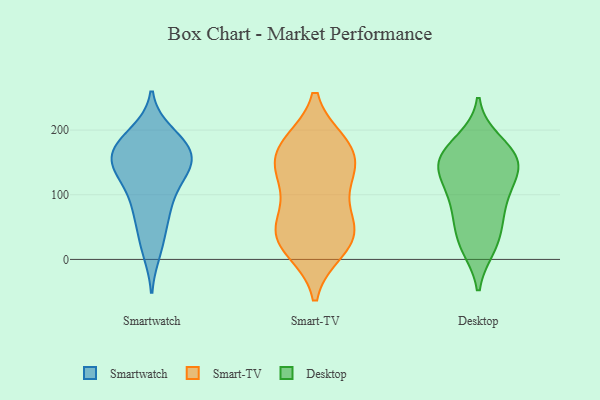
{"axis": {"x": "Market Share (%)", "y": "Value"}, "legend": ["Desktop", "Smart-TV", "Smartwatch"], "data": [{"x": "", "y": 177, "type": "Smartwatch"}, {"x": "", "y": 158, "type": "Smartwatch"}, {"x": "", "y": 194, "type": "Smartwatch"}, {"x": "", "y": 75, "type": "Smartwatch"}, {"x": "", "y": 147, "type": "Smartwatch"}, {"x": "", "y": 146, "type": "Smartwatch"}, {"x": "", "y": 14, "type": "Smartwatch"}, {"x": "", "y": 124, "type": "Smartwatch"}, {"x": "", "y": 121, "type": "Smartwatch"}, {"x": "", "y": 173, "type": "Smartwatch"}, {"x": "", "y": 141, "type": "Smartwatch"}, {"x": "", "y": 180, "type": "Smartwatch"}, {"x": "", "y": 82, "type": "Smartwatch"}, {"x": "", "y": 71, "type": "Smartwatch"}, {"x": "", "y": 28, "type": "Smartwatch"}, {"x": "", "y": 180, "type": "Smartwatch"}, {"x": "", "y": 147, "type": "Smartwatch"}, {"x": "", "y": 166, "type": "Smart-TV"}, {"x": "", "y": 167, "type": "Smart-TV"}, {"x": "", "y": 176, "type": "Smart-TV"}, {"x": "", "y": 24, "type": "Smart-TV"}, {"x": "", "y": 124, "type": "Smart-TV"}, {"x": "", "y": 50, "type": "Smart-TV"}, {"x": "", "y": 56, "type": "Smart-TV"}, {"x": "", "y": 52, "type": "Smart-TV"}, {"x": "", "y": 120, "type": "Smart-TV"}, {"x": "", "y": 132, "type": "Smart-TV"}, {"x": "", "y": 16, "type": "Smart-TV"}, {"x": "", "y": 178, "type": "Smart-TV"}, {"x": "", "y": 31, "type": "Smart-TV"}, {"x": "", "y": 146, "type": "Desktop"}, {"x": "", "y": 72, "type": "Desktop"}, {"x": "", "y": 147, "type": "Desktop"}, {"x": "", "y": 174, "type": "Desktop"}, {"x": "", "y": 121, "type": "Desktop"}, {"x": "", "y": 156, "type": "Desktop"}, {"x": "", "y": 107, "type": "Desktop"}, {"x": "", "y": 34, "type": "Desktop"}, {"x": "", "y": 123, "type": "Desktop"}, {"x": "", "y": 150, "type": "Desktop"}, {"x": "", "y": 19, "type": "Desktop"}, {"x": "", "y": 160, "type": "Desktop"}, {"x": "", "y": 83, "type": "Desktop"}, {"x": "", "y": 183, "type": "Desktop"}, {"x": "", "y": 64, "type": "Desktop"}, {"x": "", "y": 20, "type": "Desktop"}]}